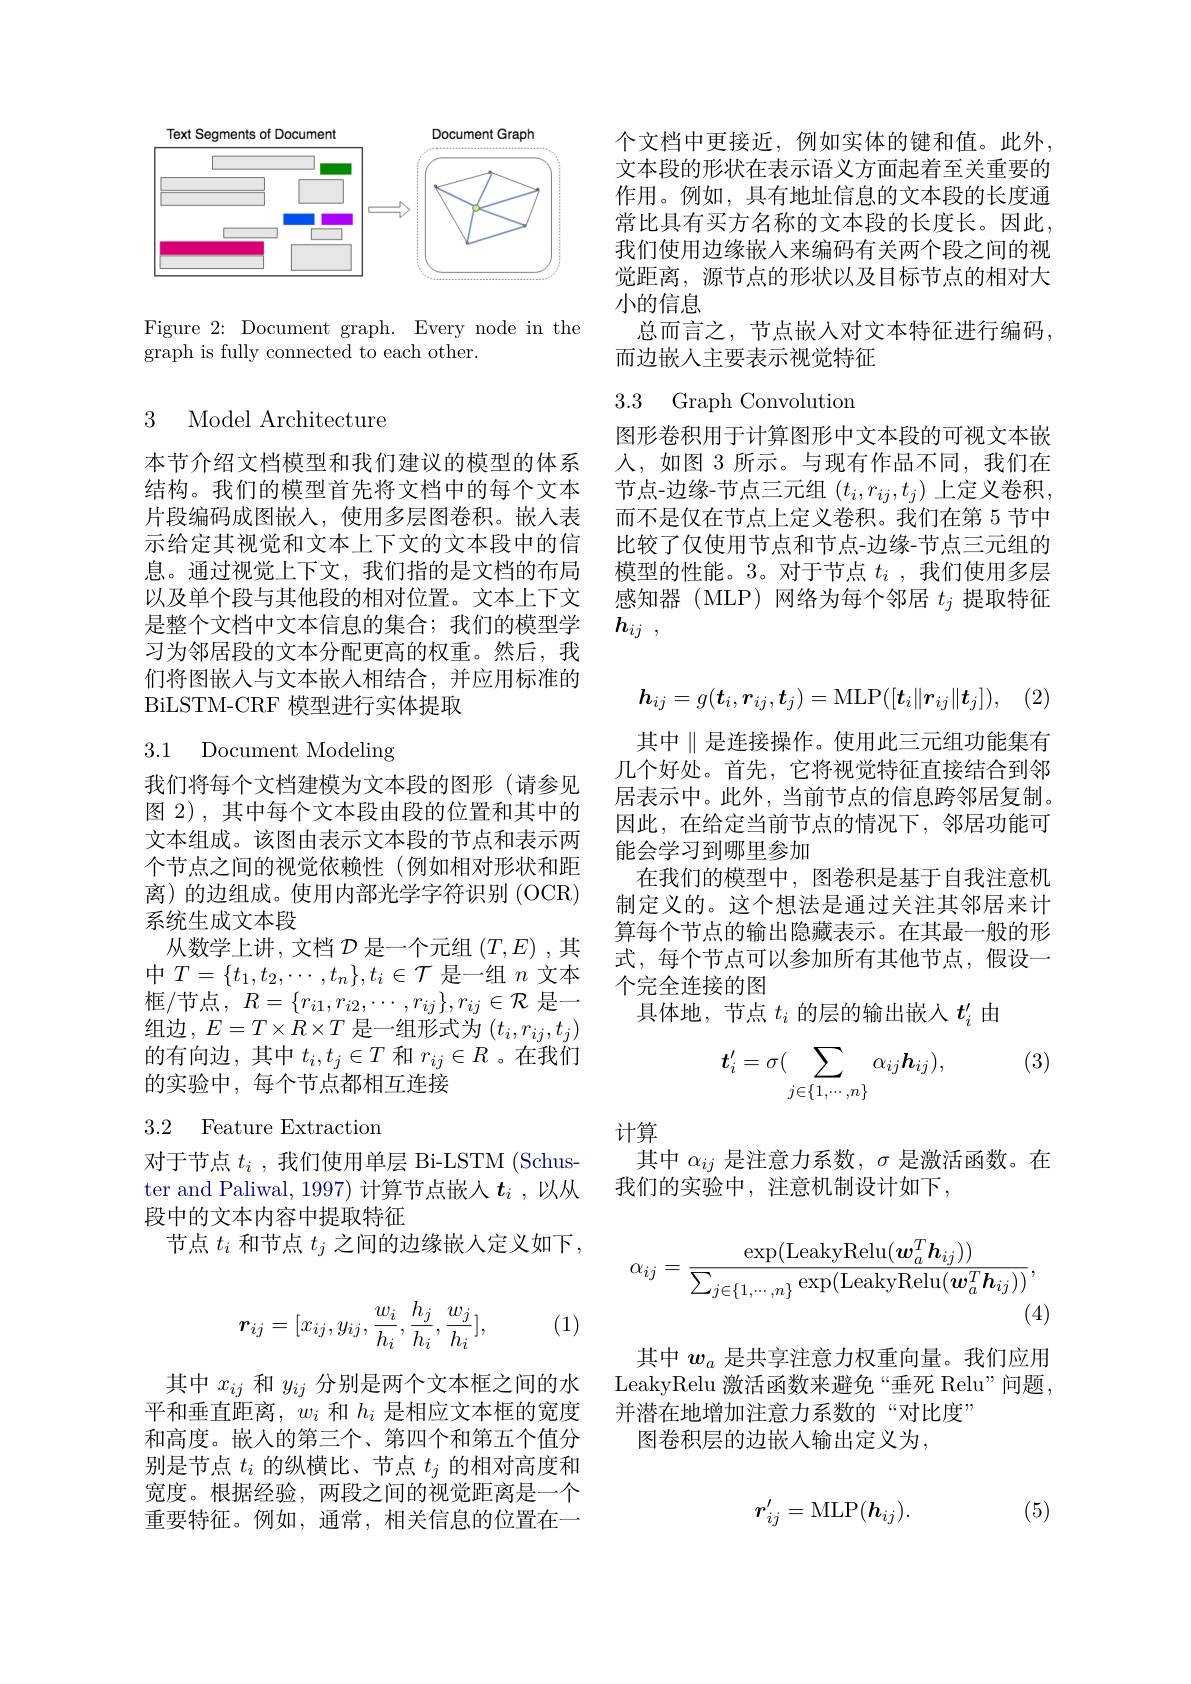
<FigureHere>

Figure 2: Document graph. Every node in the
graph is fully connected to each other.

### 3 Model Architecture

本节介绍文档模型和我们建议的模型的体系结构。我们的模型首先将文档中的每个文本片段编码成图嵌人，使用多层图卷积。嵌入表示给定其视觉和文本上下文的文本段中的信息。通过视觉上下文，我们指的是文档的布局以及单个段与其他段的相对位置。文本上下文是整个文档中文本信息的集合；我们的模型学习为邻居段的文本分配更高的权重。然后，我们将图嵌入与文本嵌入相结合，并应用标准的BiLSTM-CRF 模型进行实体提取

3.1 Document Modeling

我们将每个文档建模为文本段的图形(请参见图 2), 其中每个文本段由段的位置和其中的文本组成。该图由表示文本段的节点和表示两个节点之间的视觉依赖性(例如相对形状和距离)的边组成。使用内部光学字符识别(OCR) 系统生成文本段
从数学上讲，文档$\mathcal{D}$是一个元组$(T,E)$ ,其中$T=\{t_1,t_2,\cdots,t_n\},t_i\in\mathcal{T}$是一组$n$文本框/节点，$R=\{r_i1,r_{i2},\cdots,r_{ij}\},r_{ij}\in\mathcal{R}$是一组边$,E=T\times\dot{R}\times T$是一组形式为$(t_i,r_{ij},t_j)$ 的有向边，其中$t_i,t_j\in T$和$r_ij\in R$ 。在我们的实验中，每个节点都相互连接

## 3.2 Feature Extraction

对于节点$t_i$ ,我们使用单层 Bi-LSTM (Schuster and Paliwal, 1997) 计算节点嵌入$t_i$ ,以从段中的文本内容中提取特征
节点$t_i$和节点$t_j$之间的边缘嵌入定义如下，
$$r_{ij}=[x_{ij},y_{ij},\frac{w_i}{h_i},\frac{h_j}{h_i},\frac{w_j}{h_i}],$$
(1)

其中$x_{ij}$和$y_{ij}$分别是两个文本框之间的水平和垂直距离，$w_i$和$h_i$是相应文本框的宽度和高度。嵌入的第三个、第四个和第五个值分别是节点$t_i$的纵横比、节点$t_j$的相对高度和宽度。根据经验，两段之间的视觉距离是一个重要特征。例如，通常，相关信息的位置在一

个文档中更接近，例如实体的键和值。此外， 文本段的形状在表示语义方面起着至关重要的作用。例如，具有地址信息的文本段的长度通常比具有买方名称的文本段的长度长。因此， 我们使用边缘嵌入来编码有关两个段之间的视觉距离，源节点的形状以及目标节点的相对大小的信息
总而言之，节点嵌入对文本特征进行编码，
而边嵌人主要表示视觉特征

### 3.3 Graph Convolution

图形卷积用于计算图形中文本段的可视文本嵌入，如图 3 所示。与现有作品不同，我们在节点-边缘-节点三元组 $(t_i,r_{ij},t_j)$ 上定义卷积， 而不是仅在节点上定义卷积。我们在第 5 节中比较了仅使用节点和节点-边缘-节点三元组的模型的性能。3。对于节点$t_i$ ,我们使用多层感知器(MLP)网络为每个邻居$t_j$提取特征$h_{ij}$ ,
$$h_{ij}=g(\boldsymbol{t}_i,\boldsymbol{r}_{ij},\boldsymbol{t}_j)=\mathrm{MLP}([\boldsymbol{t}_i\|\boldsymbol{r}_{ij}\|\boldsymbol{t}_j]),$$
其中$\parallel$是连接操作。使用此三元组功能集有几个好处。首先，它将视觉特征直接结合到邻居表示中。此外，当前节点的信息跨邻居复制。因此，在给定当前节点的情况下，邻居功能可能会学习到哪里参加
在我们的模型中，图卷积是基于自我注意机制定义的。这个想法是通过关注其邻居来计算每个节点的输出隐藏表示。在其最一般的形式，每个节点可以参加所有其他节点，假设一个完全连接的图
具体地，节点$t_i$的层的输出嵌入$t_i^{\prime}$由

(3)
$$\boldsymbol{t}_i'=\sigma(\sum_{j\in\{1,\cdots,n\}}\alpha_{ij}\boldsymbol{h}_{ij}),$$
计算

其中$\alpha_{ij}$是注意力系数，$\sigma$是激活函数。在
我们的实验中，注意机制设计如下，
$$\alpha_{ij}=\frac{\exp(\mathrm{LeakyRelu}(\boldsymbol w_{a}^{T}\boldsymbol h_{ij}))}{\sum_{j\in\{1,\cdots,n\}}\exp(\mathrm{LeakyRelu}(\boldsymbol w_{a}^{T}\boldsymbol h_{ij}))},$$
(4)

其中$w_a$是共享注意力权重向量。我们应用LeakyRelu 激活函数来避免“垂死 Relu”问题， 并潜在地增加注意力系数的“对比度”
图卷积层的边嵌入输出定义为，

(5)
$$r_{ij}'=\mathrm{MLP}(\boldsymbol{h}_{ij}).$$